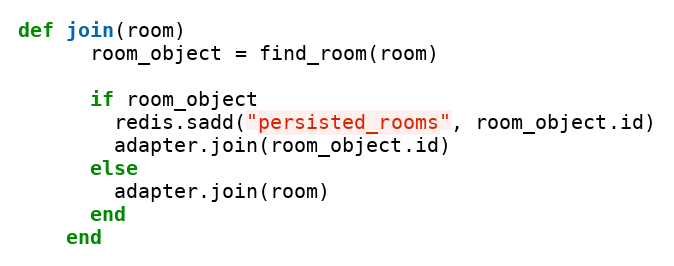
Language: Ruby
def join(room)
      room_object = find_room(room)

      if room_object
        redis.sadd("persisted_rooms", room_object.id)
        adapter.join(room_object.id)
      else
        adapter.join(room)
      end
    end